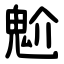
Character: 魀